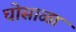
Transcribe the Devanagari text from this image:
घोसाळा